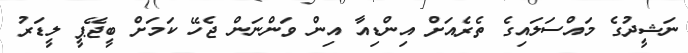
ނަޝީދުގެ މައްސަލައިގެ ތެރެއަށް އިންޑިއާ އިން ވަންނަން ޖެހޭ ކަމަށް ބީޖޭޕީ ލީޑަރު